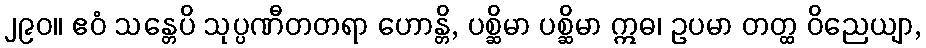
၂၉၀။ ဧဝံ သန္တေပိ သုပ္ပဏီတတရာ ဟောန္တိ, ပစ္ဆိမာ ပစ္ဆိမာ ဣဓ၊ ဥပမာ တတ္ထ ဝိညေယျာ,